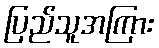
ပြည်သူအကြား